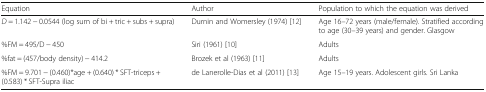
<table><thead><tr><td><b>Equation</b></td><td><b>Author</b></td><td><b>Population to which the equation was derived</b></td></tr></thead><tbody><tr><td><i>D</i> = 1.142 − 0.0544 (log sum of bi + tric + subs + supra)</td><td>Durnin and Womersley (1974) [12]</td><td>Age 16–72 years (male/female). Stratified according to age (30–39 years) and gender. Glasgow</td></tr><tr><td>%FM = 495/D − 450</td><td>Siri (1961) [10]</td><td>Adults</td></tr><tr><td>%fat = (457/body density) − 414.2</td><td>Brozek et al (1963) [11]</td><td>Adults</td></tr><tr><td>%FM = 9.701 − (0.460)*age + (0.640) * SFT-triceps + (0.583) * SFT-Supra iliac</td><td>de Lanerolle-Dias et al (2011) [13]</td><td>Age 15–19 years. Adolescent girls. Sri Lanka</td></tr></tbody></table>